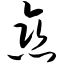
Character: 恋